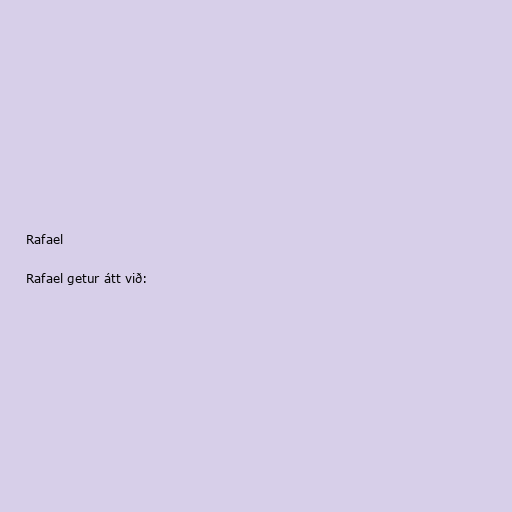
Rafael

Rafael getur átt við: